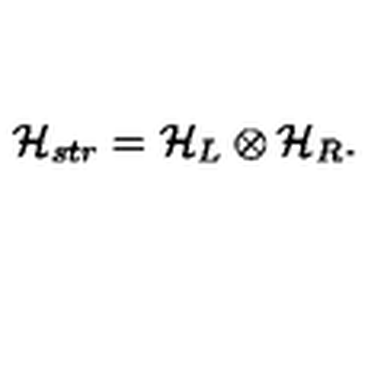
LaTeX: { \cal H } _ { s t r } = { \cal H } _ { L } \otimes { \cal H } _ { R } .